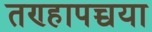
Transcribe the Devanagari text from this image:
तण्हापच्चया